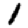
Digit: 1